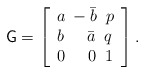
\begin{align*}\mathsf{G}=\left[\begin{array}{lll}a\; -\bar b\;\; p\\b\; \;\;\;\;\bar a\;\; q\\0\; \;\;\;\;0\;\; 1\end{array}\right].\end{align*}